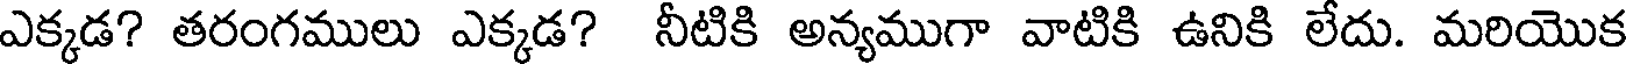
ఎక్కడ? తరంగములు ఎక్కడ? నీటికి అన్యముగా వాటికి ఉనికి లేదు. మరియొక